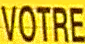
VOTRE